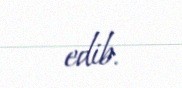
edib.